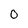
Character: 0